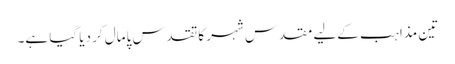
تین مذاہب کےلیے مقدس شہر کا تقدس پامال کر دیا گیا ہے۔